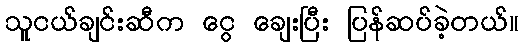
သူငယ်ချင်းဆီက ငွေ ချေးပြီး ပြန်ဆပ်ခဲ့တယ်။